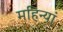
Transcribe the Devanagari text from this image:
महिन्यां